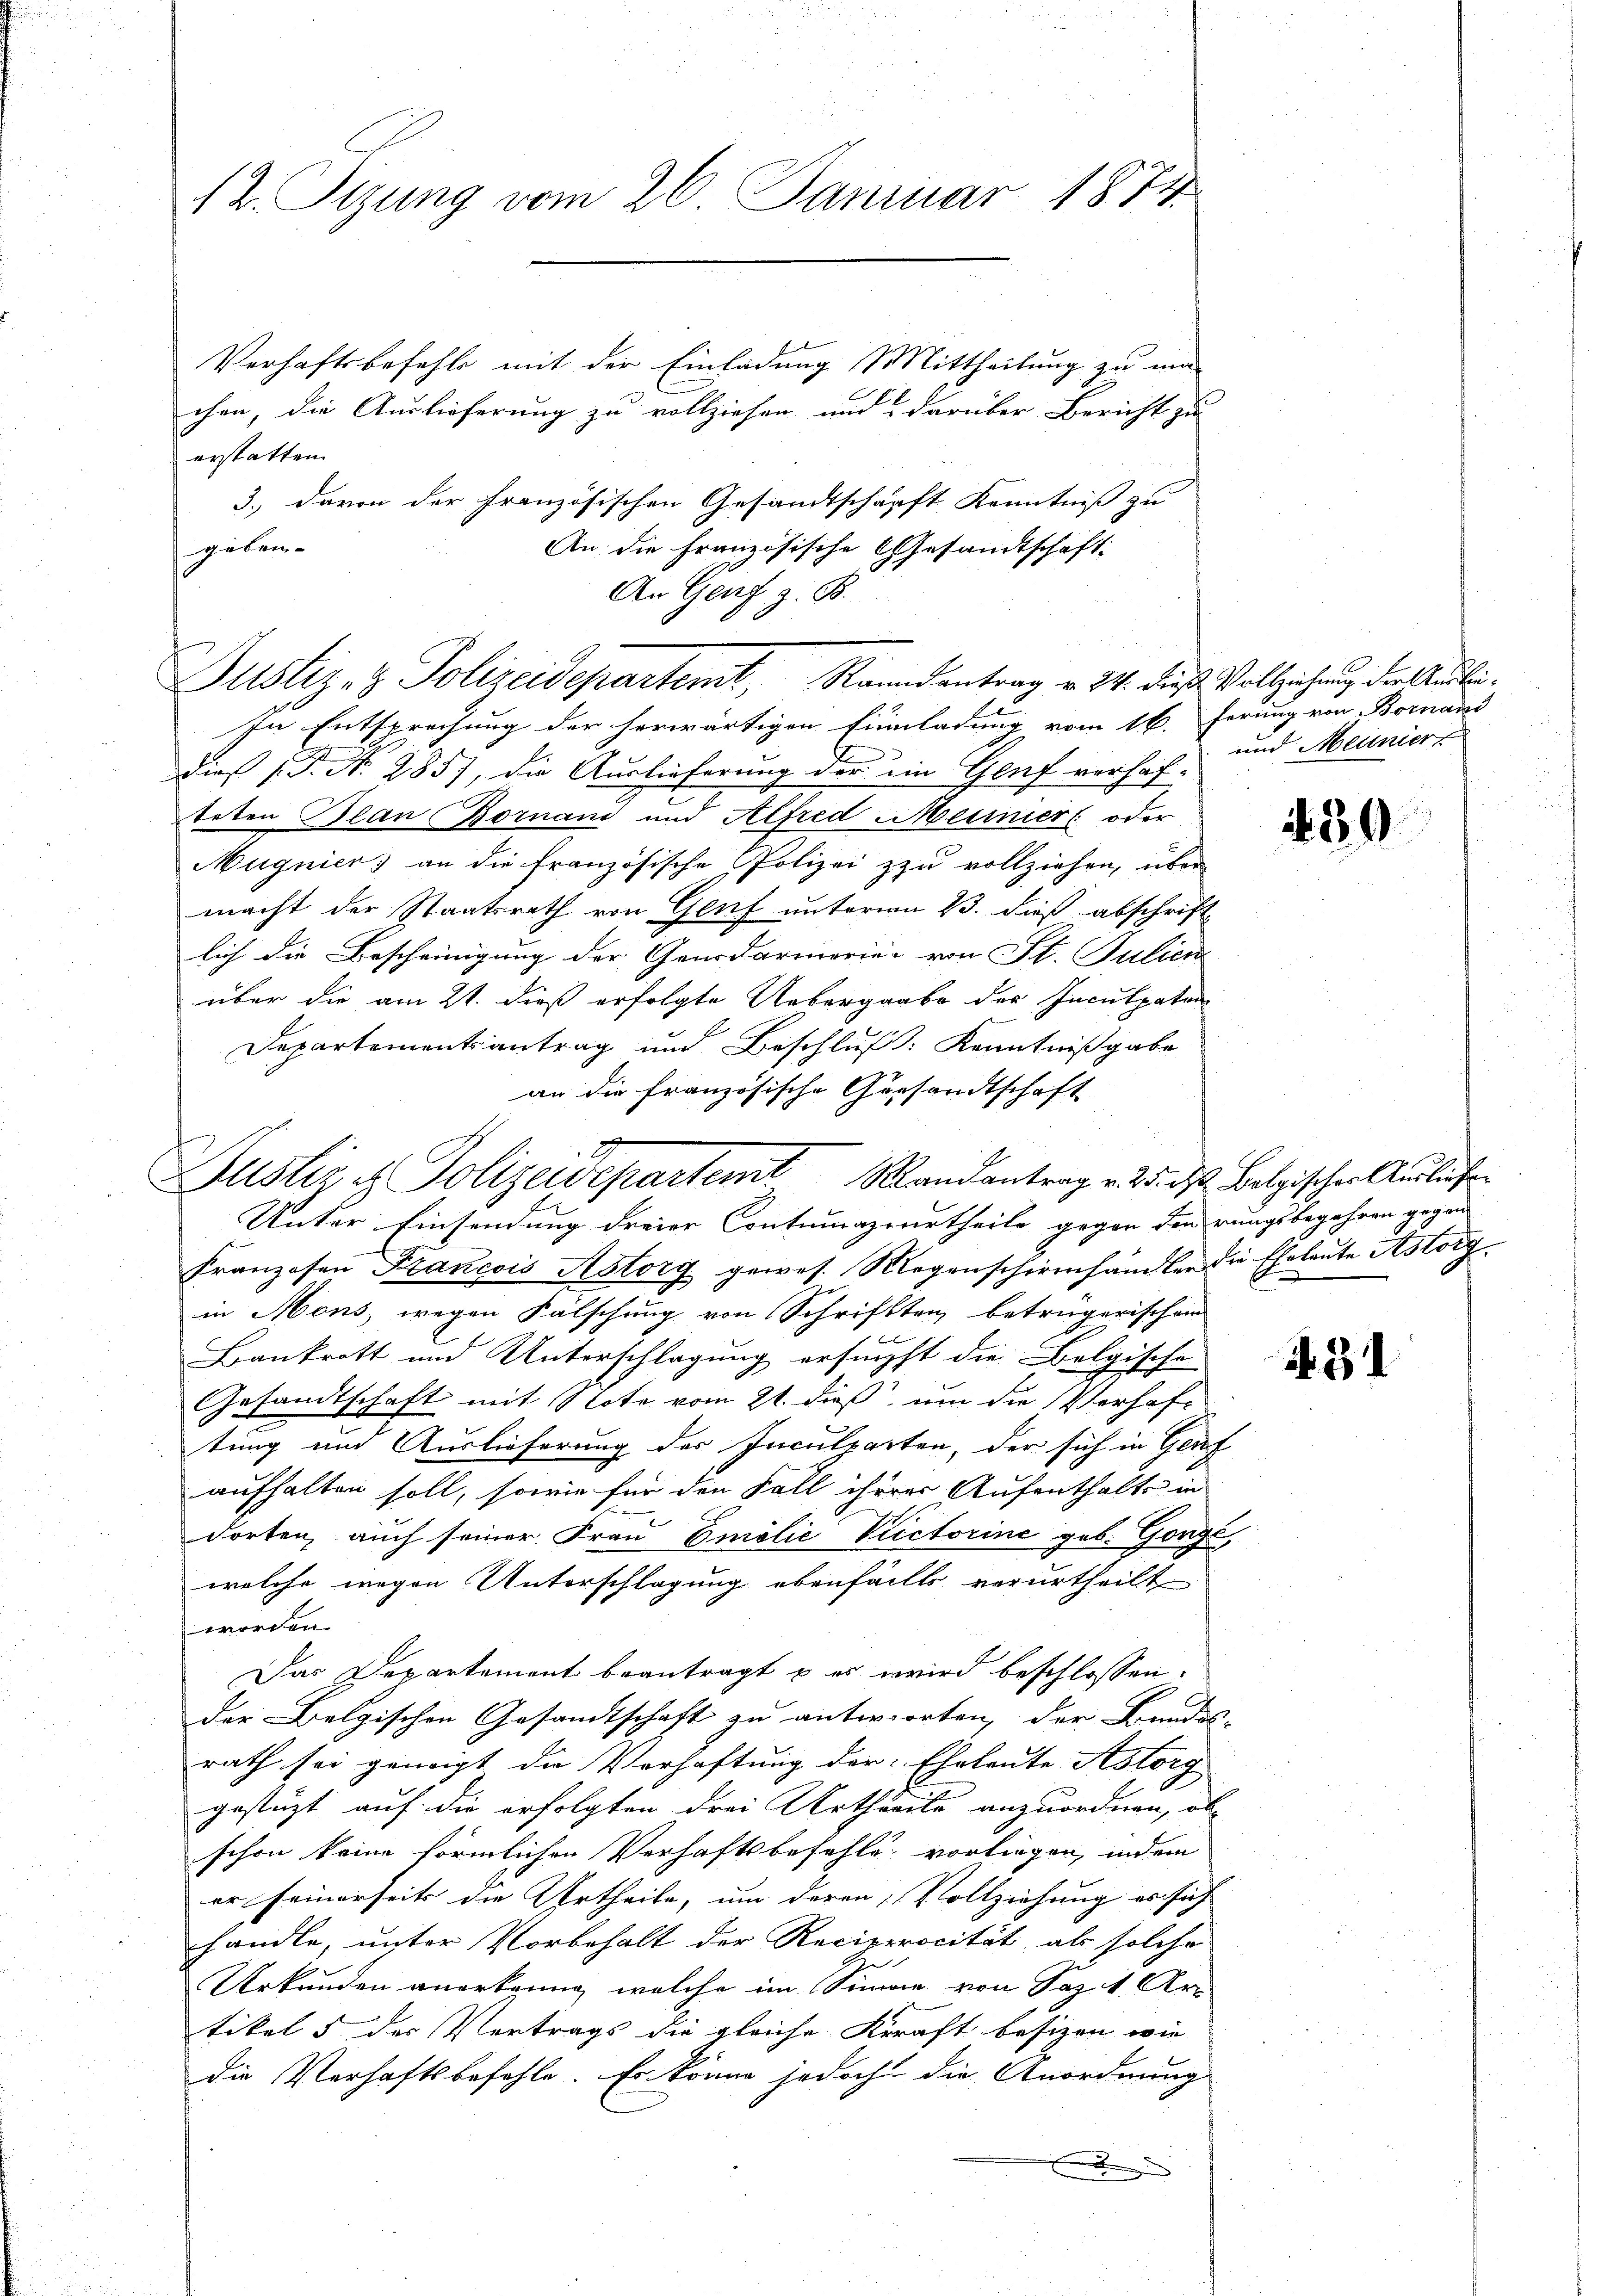
12. Tizung vom 26. Januar 1874

Verhaftsbefehls mit der Einladung Mittheilung zu ma-
chen, die Auslieferung zu vollziehen und darüber Bericht zu
erstatten.
3.) davon der französischen Gesandtschärft Kenntniß zu
geben.
An die Französische Gesandtschaft
An Genf z. B.

Justiz- & Polizeidepartemit, Raundantrag v. 24. dieß Vollziehung der Audli¬
L

Justiz u. Polizeidepartemt Randantrag v. 25. d. Belgischer Auslichen
Unter Einsendung dreier Contumazsurtheile gegen den rungsbegehren gegan

In Entsprechung der herwärtigen Einladung vom 16. Ferung von Bornand
dies P. Nr. 2857, die Auslieferung der im Genf vorhafteten Plan Bornand und Alfred Meiner oder
Mugnier an die französische Polizei zu vollziehen, über
macht der Staatsrath von Genf unterm 23. dieß abschriftlich die Bescheinigung der Gendarmorien von St. Julien
über die am 21. dieß erfolgte Uebergaabe der Inculpaten
Departementsantrag und Beschluß: Kenntnißgabe
an die französische Gersandtschaft
Franzosen Francois Astory gewes. Regenscherenhändler die Eheleute Astory-
in Mons, wegen Falschung von Schriftten, betrügerischen
Bankrott und Unterschlagung ersucht die Belgische
Gesandtschaft mit Note vom 21. dieß, um die Verhaftung und Auslieferung der Inculparten, der sich in Genf
aufhalten soll, sowie für den Fall ihrer Aufenthalte in
dorten, auch seiner Frau Emilie Victorine geb. Gonge,
welche wegen Unterschlagung ebenfalls verurtheilt
worden.
Das Departement beantragt u es wird beschlossen:
der Belgischen Gesandtschaft zu antworten, der Bundes-
rath sei geneigt die Verhaftung der Eheleute Astorg
gestüzt, auf die erfolgten drei Urtheile anzuordnen, ob-
schon keine förmlichen Verhaftsbefehle vorliegen, indem
er seinerseits die Urtheile, um deren Vollziehung es sich |
handle, unter Vorbehalt der Reciprocität, als solche
Urkunden anordnung, welche im Sinne von Sazit. Artikel 5 der Vertrags die gleiche Kraft besizen, wie
die Verhaftsbefehle. Er könne jedoch die Anordnung
f

und Meunier

230.

. 34